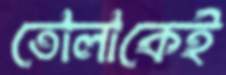
তোলাকেই